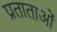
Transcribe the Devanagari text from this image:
प्रताताओं